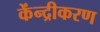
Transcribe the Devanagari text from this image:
केंन्द्रीकरण